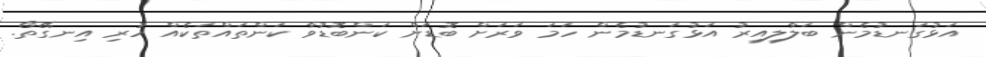
އަޅުގަނޑުމެން ބަލާލިއިރު އަޅުގަނޑުމެން ހަމަ ވަރަށް ބޮޑަށް ކަންބޮޑުވާ ކަންތައްތަކެއް ހުރި އިނގޭތޯ.